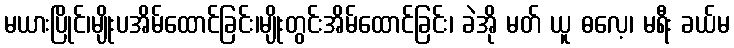
မယားပြိုင်၊မျိုးပအိမ်ထောင်ခြင်း၊မျိုးတွင်းအိမ်ထောင်ခြင်း၊ ခဲအို မတ် ယူ ဓလေ့၊ မရီး ခယ်မ